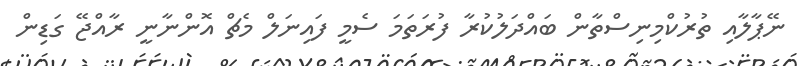
ނޭޕާލާއި ތުރުކްމިނިސްތާން ބައްދަލުކުރާ ފުރަތަމަ ސެމީ ފައިނަލް މެޗް އޮންނާނީ ރާއްޖޭ ގަޑިން